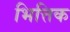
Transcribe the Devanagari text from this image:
भित्तिक